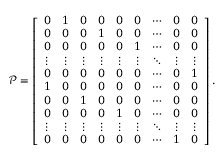
\mathcal { P } = \left[ \begin{array} { c c c c c c c c c } { 0 } & { 1 } & { 0 } & { 0 } & { 0 } & { 0 } & { \cdots } & { 0 } & { 0 } \\ { 0 } & { 0 } & { 0 } & { 1 } & { 0 } & { 0 } & { \cdots } & { 0 } & { 0 } \\ { 0 } & { 0 } & { 0 } & { 0 } & { 0 } & { 1 } & { \cdots } & { 0 } & { 0 } \\ { \vdots } & { \vdots } & { \vdots } & { \vdots } & { \vdots } & { \vdots } & { \ddots } & { \vdots } & { \vdots } \\ { 0 } & { 0 } & { 0 } & { 0 } & { 0 } & { 0 } & { \cdots } & { 0 } & { 1 } \\ { 1 } & { 0 } & { 0 } & { 0 } & { 0 } & { 0 } & { \cdots } & { 0 } & { 0 } \\ { 0 } & { 0 } & { 1 } & { 0 } & { 0 } & { 0 } & { \cdots } & { 0 } & { 0 } \\ { 0 } & { 0 } & { 0 } & { 0 } & { 1 } & { 0 } & { \cdots } & { 0 } & { 0 } \\ { \vdots } & { \vdots } & { \vdots } & { \vdots } & { \vdots } & { \vdots } & { \ddots } & { \vdots } & { \vdots } \\ { 0 } & { 0 } & { 0 } & { 0 } & { 0 } & { 0 } & { \cdots } & { 1 } & { 0 } \end{array} \right] .